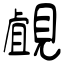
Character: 覰